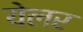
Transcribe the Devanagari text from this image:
येलर